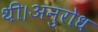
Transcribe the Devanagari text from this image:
थी।अनुरोध